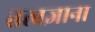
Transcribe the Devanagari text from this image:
तत्वज्ञाना